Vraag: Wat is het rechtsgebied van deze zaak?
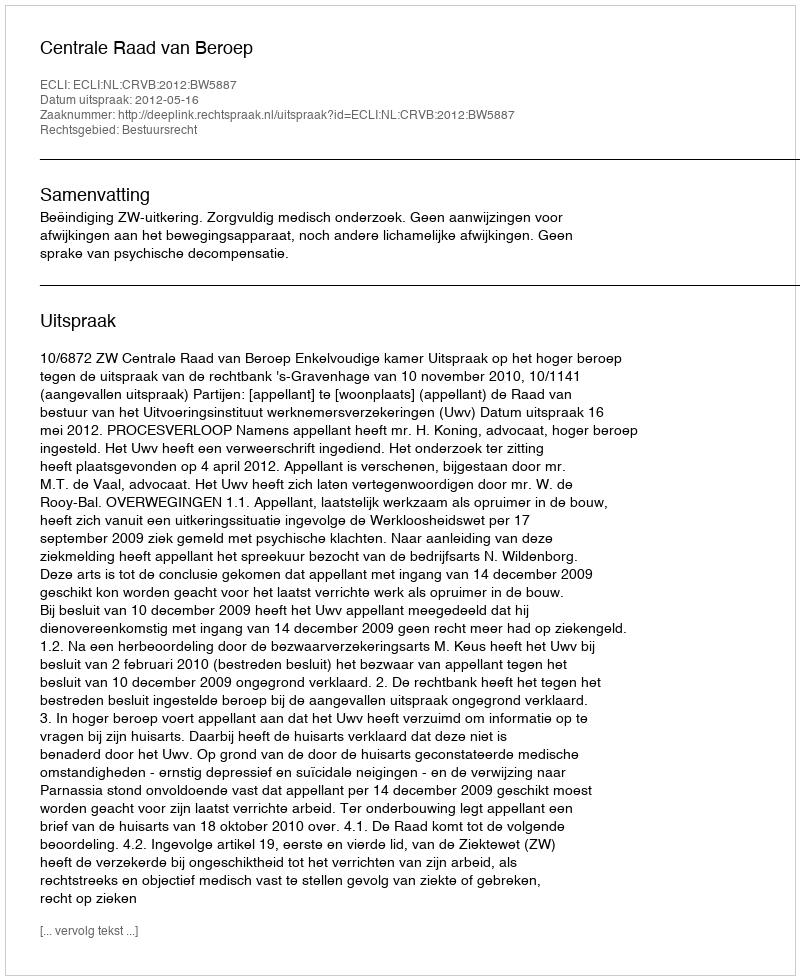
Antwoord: Bestuursrecht